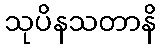
သုပိနသတာနိ